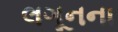
લગૂનના